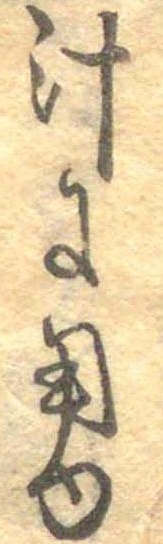
汁に用ゆ